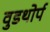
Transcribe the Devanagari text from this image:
वुडथोर्प